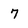
Character: 7